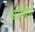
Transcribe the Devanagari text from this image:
थानिये